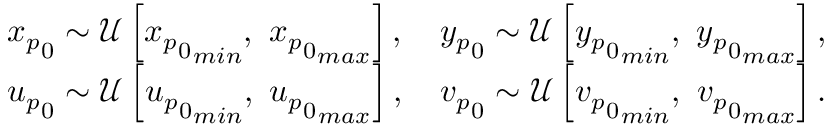
\begin{array} { r } { { x _ { p } } _ { 0 } \sim \mathcal { U } \left[ { { x _ { p } } _ { 0 } } _ { m i n } , \ { { x _ { p } } _ { 0 } } _ { m a x } \right] , \ \ \ { y _ { p } } _ { 0 } \sim \mathcal { U } \left[ { { y _ { p } } _ { 0 } } _ { m i n } , \ { { y _ { p } } _ { 0 } } _ { m a x } \right] , } \\ { { u _ { p } } _ { 0 } \sim \mathcal { U } \left[ { { u _ { p } } _ { 0 } } _ { m i n } , \ { { u _ { p } } _ { 0 } } _ { m a x } \right] , \ \ \ { v _ { p } } _ { 0 } \sim \mathcal { U } \left[ { { v _ { p } } _ { 0 } } _ { m i n } , \ { { v _ { p } } _ { 0 } } _ { m a x } \right] . } \end{array}